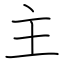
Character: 主